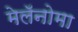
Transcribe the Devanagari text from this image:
मेलॅनोमा